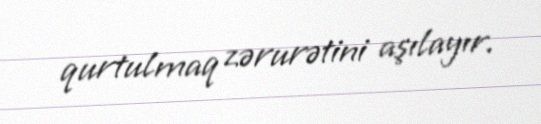
qurtulmaq zərurətini aşılayır.